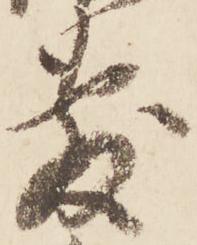
敷